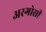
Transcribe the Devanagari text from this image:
अरगोसी